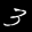
Label: 3